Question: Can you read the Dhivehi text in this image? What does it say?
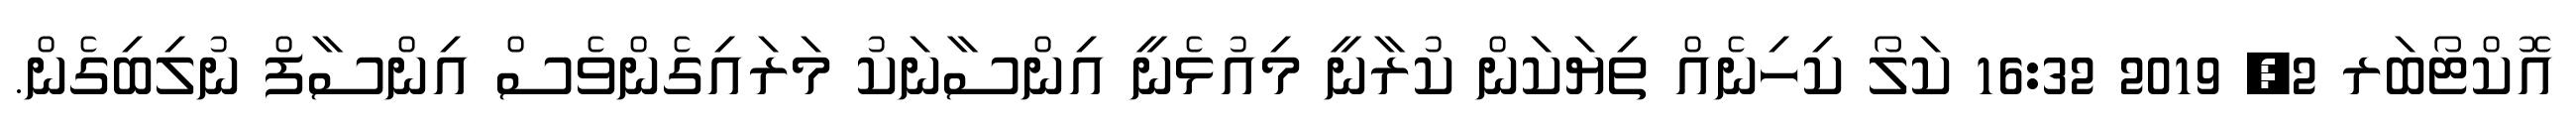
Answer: އޮކްޓޯބަރ 2, 2019 16:32 ކަލޯ ކިހިނެއް ތިޔަކަން ކުރާނީ މިއުޅެނީ އިންސާނަކު މަރައިގެންވެސް އިންސާފް ނުލިބިގެން.